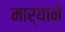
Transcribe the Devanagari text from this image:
मार्‍याने